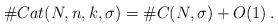
LaTeX: \begin{align*}\#Cat(N,n,k,\sigma)=\#C(N,\sigma)+O(1)\,.\end{align*}